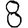
Digit: 8